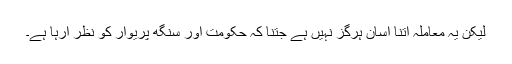
لیکن یہ معاملہ اتنا آسان ہرگز نہیں ہے جتنا کہ حکومت اور سنگھ پریوار کو نظر آرہا ہے۔